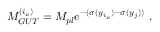
M _ { G U T } ^ { ( i _ { o } ) } = M _ { p l } e ^ { - ( \sigma ( y _ { i _ { o } } ) - \sigma ( y _ { j } ) ) } ~ . ~ \,